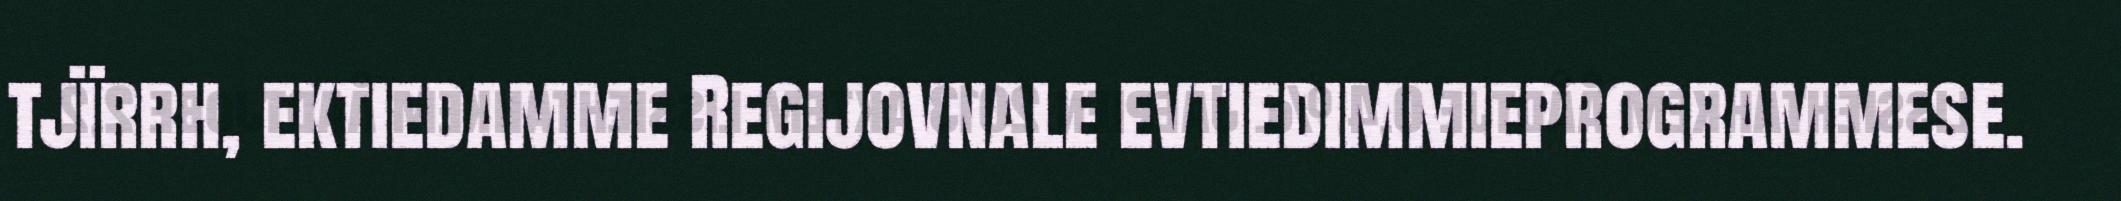
tjïrrh, ektiedamme Regijovnale evtiedimmieprogrammese.